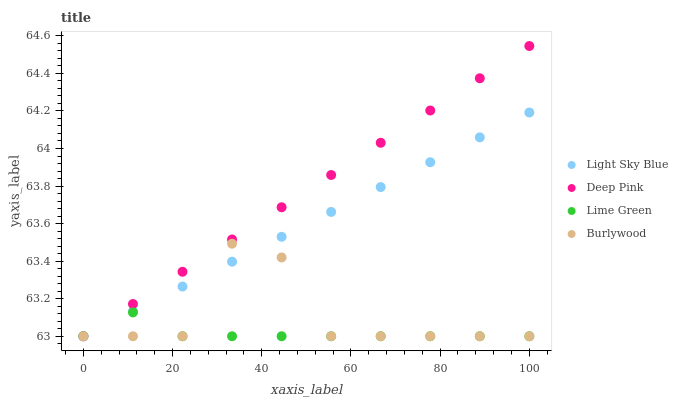
| xaxis_label | Light Sky Blue | Deep Pink | Lime Green | Burlywood |
 | --- | --- | --- | --- | --- |
 | 0 | 63 | 63 | 63 | 63 |
 | 11.1 | 63.1 | 63.2 | 63.1 | 63 |
 | 22.2 | 63.3 | 63.3 | 63 | 63 |
 | 33.3 | 63.4 | 63.5 | 63 | 63.5 |
 | 44.4 | 63.5 | 63.7 | 63 | 63.4 |
 | 55.6 | 63.7 | 63.9 | 63 | 63 |
 | 66.7 | 63.8 | 64 | 63 | 63 |
 | 77.8 | 63.9 | 64.2 | 63 | 63 |
 | 88.9 | 64.1 | 64.4 | 63 | 63 |
 | 100 | 64.2 | 64.5 | 63 | 63 |